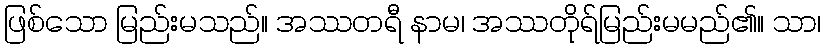
ဖြစ်သော မြည်းမသည်။ အဿတရီ နာမ၊ အဿတိုရ်မြည်းမမည်၏။ သာ၊